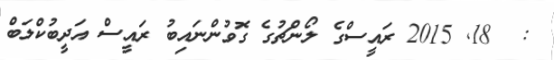
:  18